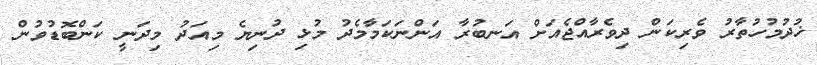
ޚުދުމުހުތާރު ވެރިކަން ދިވެރާއްޖެއަށް އަނބުރާ އަންނަކަމާމެދު މުޅި ދުނިޔެ މިއަދު މިދަނީ ކަންބޮޑުވުން